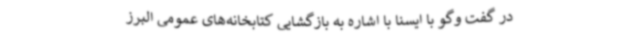
در گفت وگو با ایسنا با اشاره به بازگشایی کتابخانه‌های عمومی البرز